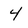
Character: 4